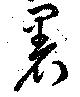
署